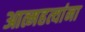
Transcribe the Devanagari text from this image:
आत्महत्यांना